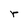
Character: r